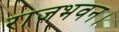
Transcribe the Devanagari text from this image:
राजभवन।